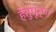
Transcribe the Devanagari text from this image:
हेतुपूर्ण